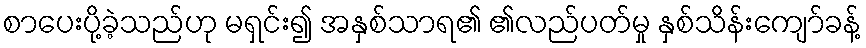
စာပေးပို့ခဲ့သည်ဟု မရှင်း၍ အနှစ်သာရ၏ ၏လည်ပတ်မှု နှစ်သိန်းကျော်ခန့်